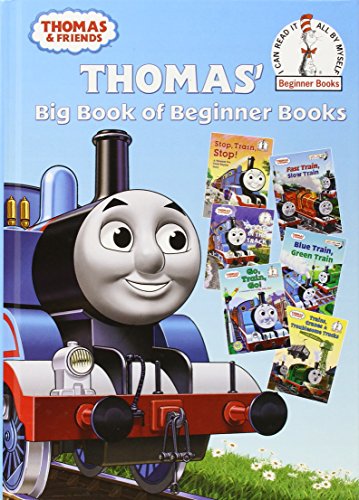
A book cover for Thomas' Big Book of Beginner Books (Thomas & Friends) (Beginner Books(R)); Rev. W. Awdry; Children's Books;